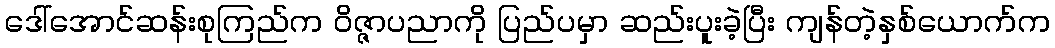
ဒေါ်အောင်ဆန်းစုကြည်က ဝိဇ္ဇာပညာကို ပြည်ပမှာ ဆည်းပူးခဲ့ပြီး ကျန်တဲ့နှစ်ယောက်က